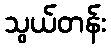
သွယ်တန်း